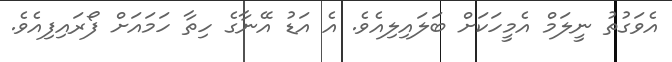
އެވަގުތު ނީލަމް އެމީހަކަށް ބަލައިލިއެވެ. އެ އަޑު އޭނާގެ ހިތާ ހަމައަށް ފޯރައިފިއެވެ.